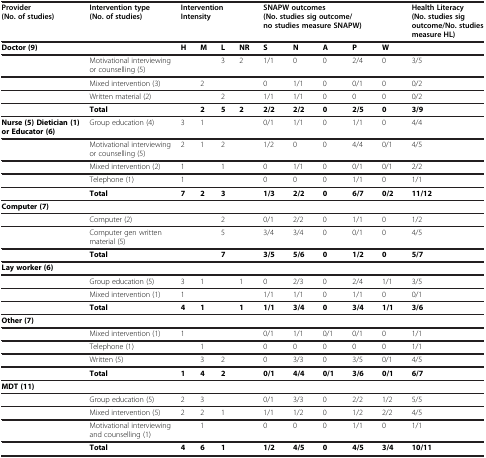
<table><thead><tr><td><b>Provider (No. of studies)</b></td><td><b>Intervention type (No. of studies)</b></td><td colspan="4"><b>Intervention Intensity</b></td><td colspan="5"><b>SNAPW outcomes (No. studies sig outcome/no studies measure SNAPW)</b></td><td><b>Health Literacy (No. studies sig outcome/No. studies measure HL)</b></td></tr></thead><tbody><tr><td><b>Doctor (9)</b></td><td> </td><td><b>H</b></td><td><b>M</b></td><td><b>L</b></td><td><b>NR</b></td><td><b>S</b></td><td><b>N</b></td><td><b>A</b></td><td><b>P</b></td><td><b>W</b></td><td> </td></tr><tr><td> </td><td>Motivational interviewing or counselling (5)</td><td> </td><td> </td><td>3</td><td>2</td><td>1/1</td><td>0</td><td>0</td><td>2/4</td><td>0</td><td>3/5</td></tr><tr><td> </td><td>Mixed intervention (3)</td><td> </td><td>2</td><td> </td><td> </td><td>0</td><td>1/1</td><td>0</td><td>0/1</td><td>0</td><td>0/2</td></tr><tr><td> </td><td>Written material (2)</td><td> </td><td> </td><td>2</td><td> </td><td>1/1</td><td>1/1</td><td>0</td><td>0</td><td>0</td><td>0/2</td></tr><tr><td> </td><td><b>Total</b></td><td> </td><td><b>2</b></td><td><b>5</b></td><td><b>2</b></td><td><b>2/2</b></td><td><b>2/2</b></td><td><b>0</b></td><td><b>2/5</b></td><td><b>0</b></td><td><b>3/9</b></td></tr><tr><td><b>Nurse (5) Dietician (1) or Educator (6)</b></td><td>Group education (4)</td><td>3</td><td>1</td><td> </td><td> </td><td>0/1</td><td>1/1</td><td>0</td><td>1/1</td><td>0</td><td>4/4</td></tr><tr><td> </td><td>Motivational interviewing or counselling (5)</td><td>2</td><td>1</td><td>2</td><td> </td><td>1/2</td><td>0</td><td>0</td><td>4/4</td><td>0/1</td><td>4/5</td></tr><tr><td> </td><td>Mixed intervention (2)</td><td>1</td><td> </td><td>1</td><td> </td><td>0</td><td>1/1</td><td>0</td><td>0/1</td><td>0/1</td><td>2/2</td></tr><tr><td> </td><td>Telephone (1)</td><td>1</td><td> </td><td> </td><td> </td><td>0</td><td>0</td><td>0</td><td>1/1</td><td>0</td><td>1/1</td></tr><tr><td> </td><td><b>Total</b></td><td><b>7</b></td><td><b>2</b></td><td><b>3</b></td><td> </td><td><b>1/3</b></td><td><b>2/2</b></td><td><b>0</b></td><td><b>6/7</b></td><td><b>0/2</b></td><td><b>11/12</b></td></tr><tr><td><b>Computer (7)</b></td><td> </td><td> </td><td> </td><td> </td><td> </td><td> </td><td> </td><td> </td><td> </td><td> </td><td> </td></tr><tr><td> </td><td>Computer (2)</td><td> </td><td> </td><td>2</td><td> </td><td>0/1</td><td>2/2</td><td>0</td><td>1/1</td><td>0</td><td>1/2</td></tr><tr><td> </td><td>Computer gen written material (5)</td><td> </td><td> </td><td>5</td><td> </td><td>3/4</td><td>3/4</td><td>0</td><td>0/1</td><td>0</td><td>4/5</td></tr><tr><td> </td><td><b>Total</b></td><td> </td><td> </td><td><b>7</b></td><td> </td><td><b>3/5</b></td><td><b>5/6</b></td><td><b>0</b></td><td><b>1/2</b></td><td><b>0</b></td><td><b>5/7</b></td></tr><tr><td><b>Lay worker (6)</b></td><td> </td><td> </td><td> </td><td> </td><td> </td><td> </td><td> </td><td> </td><td> </td><td> </td><td> </td></tr><tr><td> </td><td>Group education (5)</td><td>3</td><td>1</td><td> </td><td>1</td><td>0</td><td>2/3</td><td>0</td><td>2/4</td><td>1/1</td><td>3/5</td></tr><tr><td> </td><td>Mixed intervention (1)</td><td>1</td><td> </td><td> </td><td> </td><td>1/1</td><td>1/1</td><td>0</td><td>1/1</td><td>0</td><td>0/1</td></tr><tr><td> </td><td><b>Total</b></td><td><b>4</b></td><td><b>1</b></td><td> </td><td><b>1</b></td><td><b>1/1</b></td><td><b>3/4</b></td><td><b>0</b></td><td><b>3/4</b></td><td><b>1/1</b></td><td><b>3/6</b></td></tr><tr><td><b>Other (7)</b></td><td> </td><td> </td><td> </td><td> </td><td> </td><td> </td><td> </td><td> </td><td> </td><td> </td><td> </td></tr><tr><td> </td><td>Mixed intervention (1)</td><td>1</td><td> </td><td> </td><td> </td><td>0/1</td><td>1/1</td><td>0/1</td><td>0/1</td><td>0</td><td>1/1</td></tr><tr><td> </td><td>Telephone (1)</td><td> </td><td>1</td><td> </td><td> </td><td>0</td><td>0</td><td>0</td><td>0</td><td>0</td><td>1/1</td></tr><tr><td> </td><td>Written (5)</td><td> </td><td>3</td><td>2</td><td> </td><td>0</td><td>3/3</td><td>0</td><td>3/5</td><td>0/1</td><td>4/5</td></tr><tr><td> </td><td><b>Total</b></td><td><b>1</b></td><td><b>4</b></td><td><b>2</b></td><td> </td><td><b>0/1</b></td><td><b>4/4</b></td><td><b>0/1</b></td><td><b>3/6</b></td><td><b>0/1</b></td><td><b>6/7</b></td></tr><tr><td><b>MDT (11)</b></td><td> </td><td> </td><td> </td><td> </td><td> </td><td> </td><td> </td><td> </td><td> </td><td> </td><td> </td></tr><tr><td> </td><td>Group education (5)</td><td>2</td><td>3</td><td> </td><td> </td><td>0/1</td><td>3/3</td><td>0</td><td>2/2</td><td>1/2</td><td>5/5</td></tr><tr><td> </td><td>Mixed intervention (5)</td><td>2</td><td>2</td><td>1</td><td> </td><td>1/1</td><td>1/2</td><td>0</td><td>1/2</td><td>2/2</td><td>4/5</td></tr><tr><td> </td><td>Motivational interviewing and counselling (1)</td><td> </td><td>1</td><td> </td><td> </td><td>0</td><td>0</td><td>0</td><td>1/1</td><td>0</td><td>1/1</td></tr><tr><td> </td><td><b>Total</b></td><td><b>4</b></td><td><b>6</b></td><td><b>1</b></td><td> </td><td><b>1/2</b></td><td><b>4/5</b></td><td><b>0</b></td><td><b>4/5</b></td><td><b>3/4</b></td><td><b>10/11</b></td></tr></tbody></table>